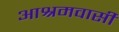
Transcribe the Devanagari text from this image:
आश्रमवासी